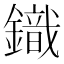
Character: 𮢿